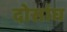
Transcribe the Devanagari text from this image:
दोसांघ